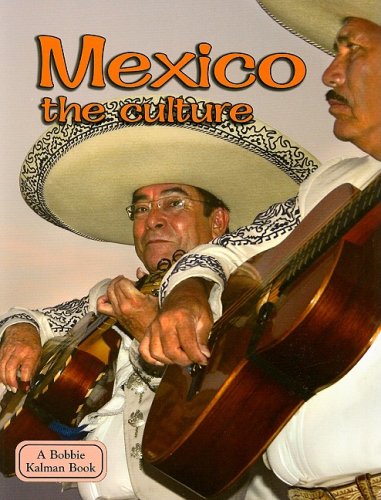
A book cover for Mexico the Culture (Lands, Peoples, & Cultures); Bobbie Kalman; Children's Books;